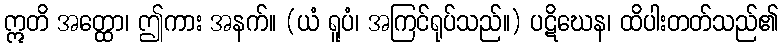
ဣတိ အတ္ထော၊ ဤကား အနက်။ (ယံ ရူပံ၊ အကြင်ရုပ်သည်။) ပဋိဃေန၊ ထိပါးတတ်သည်၏